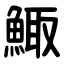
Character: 鯫